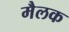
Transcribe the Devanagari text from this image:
मैलक